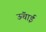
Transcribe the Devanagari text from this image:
ऊॅंचाई